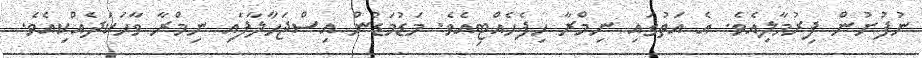
ނުފުށުން ފިރުމާލިއެވެ. އެ އަތުގައި ނިމްރާ ހިފެހެއްޓިއެވެ. މަޑުމަޑުން އިސްޖަހާލާފައި ނިމްރާ ވާހަކަދެއްކިއެވެ.